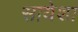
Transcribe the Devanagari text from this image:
सायेशा